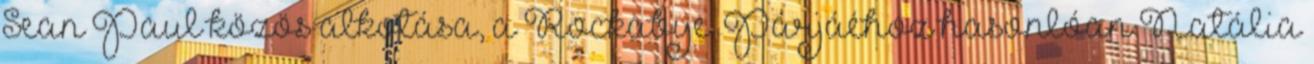
Sean Paul közös alkotása, a Rockabye. Párjáéhoz hasonlóan Natália